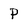
Character: P